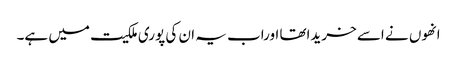
انھوں نے اسے خریداتھا اوراب یہ ان کی پوری ملکیت میں ہے۔